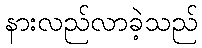
နားလည်လာခဲ့သည်